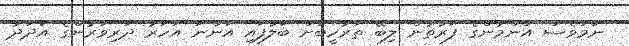
ނަމަވެސް އާންމުންގެ ފަރާތުން ލިބޭ ތަރުހީބަށް ބަލާފައި އަންނަ އަހަރު ދަރިވަރުންގެ އަދަދު